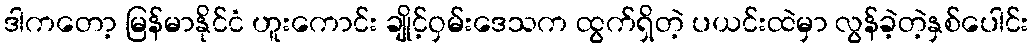
ဒါကတော့ မြန်မာနိုင်ငံ ဟူးကောင်း ချိုင့်ဝှမ်းဒေသက ထွက်ရှိတဲ့ ပယင်းထဲမှာ လွန်ခဲ့တဲ့နှစ်ပေါင်း